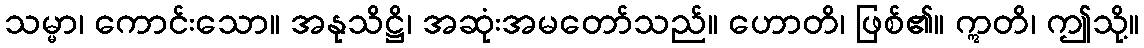
သမ္မာ၊ ကောင်းသော။ အနုသိဋ္ဌိ၊ အဆုံးအမတော်သည်။ ဟောတိ၊ ဖြစ်၏။ ဣတိ၊ ဤသို့။